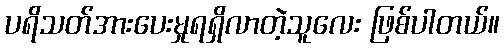
ပရိသတ်အားပေးမှုရရှိလာတဲ့သူလေး ဖြစ်ပါတယ်။